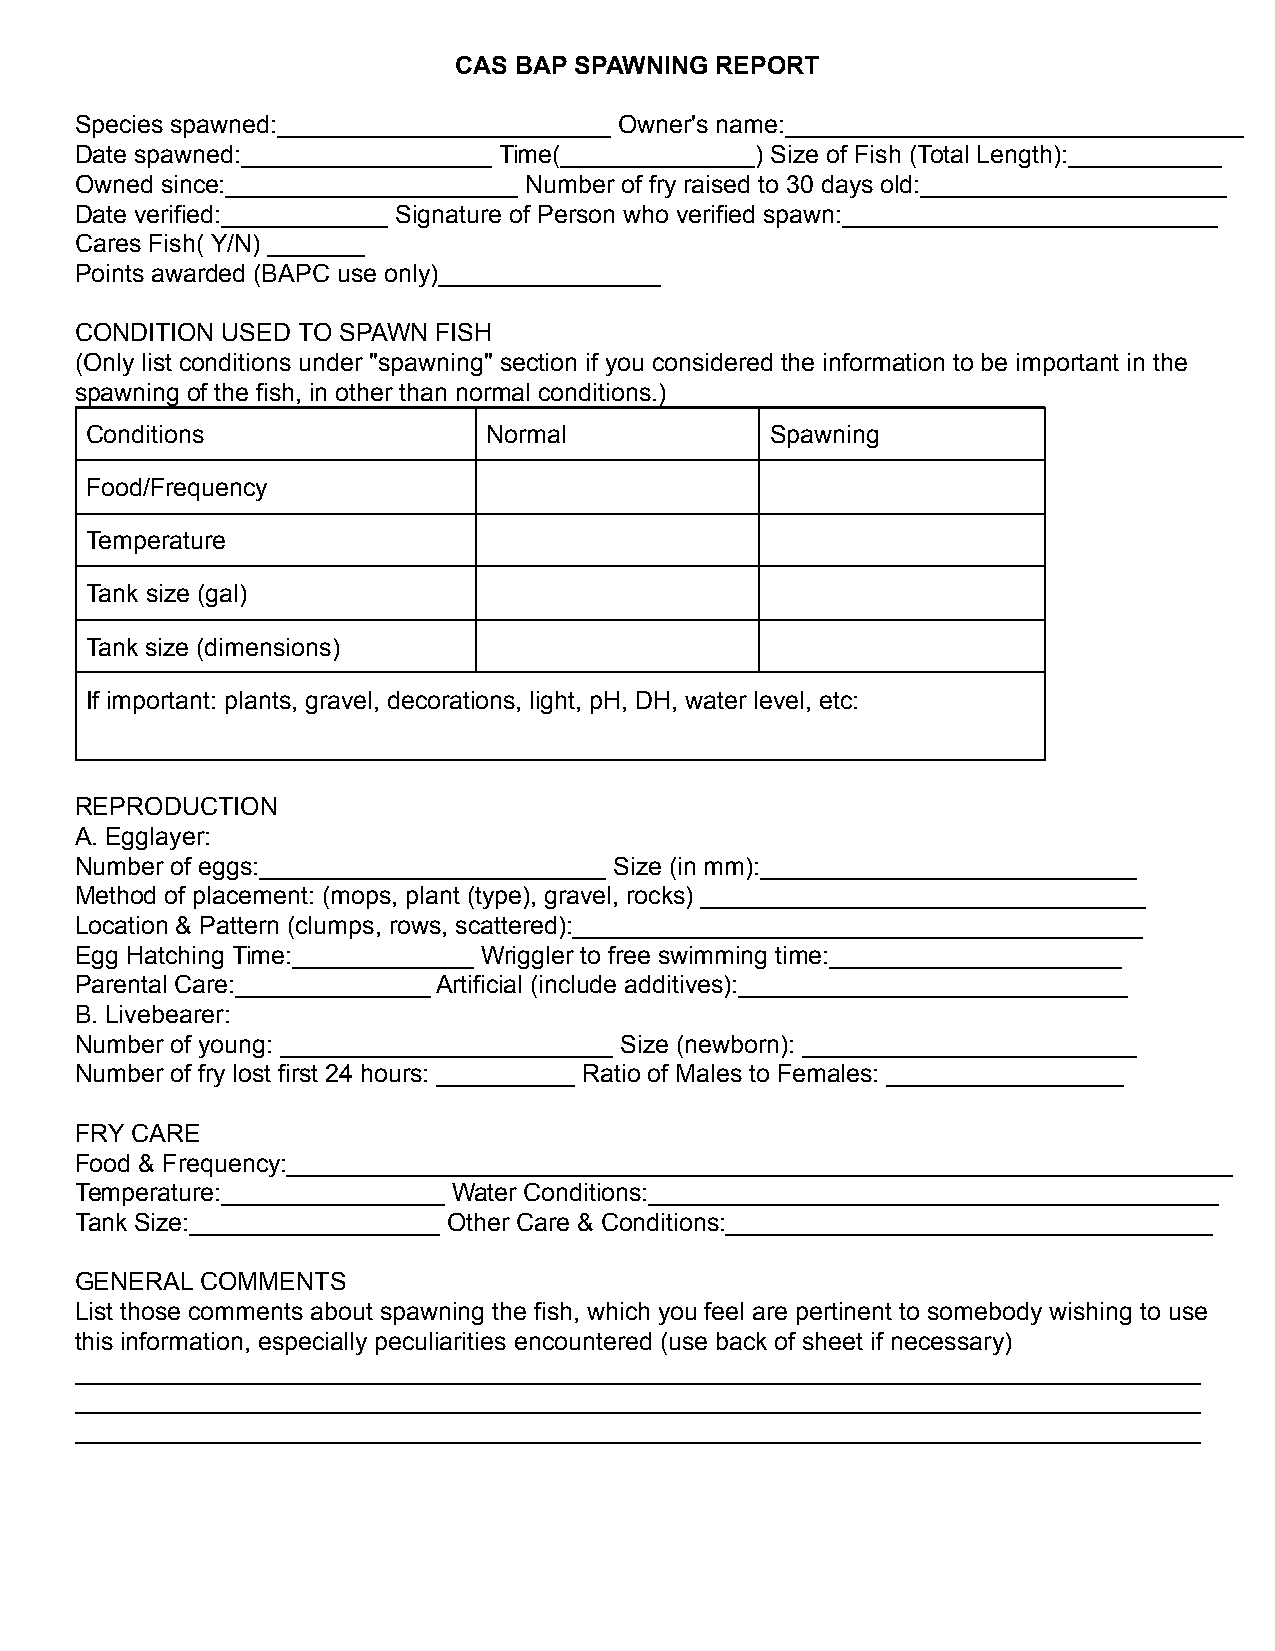
CAS BAP SPAWNING REPORT
 Species spawned:________________________ Owner's name:_________________________________
 Date spawned:__________________ Time(______________) Size of Fish (Total Length):___________
 Owned since:_____________________ Number of fry raised to 30 days old:______________________
 Date verified:____________ Signature of Person who verified spawn:___________________________
 Cares Fish( Y/N) _______
 Points awarded (BAPC use only)________________
 CONDITION USED TO SPAWN FISH
 (Only list conditions under "spawning" section if you considered the information to be important in the
 spawning of the fish, in other than normal conditions.)
 Conditions                Normal             Spawning
 Food/Frequency
 Temperature
 Tank size (gal)
 Tank size (dimensions)
 If important: plants, gravel, decorations, light, pH, DH, water level, etc:
 REPRODUCTION
 A. Egglayer:
 Number of eggs:_________________________ Size (in mm):___________________________
 Method of placement: (mops, plant (type), gravel, rocks) ________________________________
 Location & Pattern (clumps, rows, scattered):_________________________________________
 Egg Hatching Time:_____________ Wriggler to free swimming time:_____________________
 Parental Care:______________ Artificial (include additives):____________________________
 B. Livebearer:
 Number of young: ________________________ Size (newborn): ________________________
 Number of fry lost first 24 hours: __________ Ratio of Males to Females: _________________
 FRY CARE
 Food & Frequency:____________________________________________________________________
 Temperature:________________ Water Conditions:_________________________________________
 Tank Size:__________________ Other Care & Conditions:___________________________________
 GENERAL COMMENTS
 List those comments about spawning the fish, which you feel are pertinent to somebody wishing to use
 this information, especially peculiarities encountered (use back of sheet if necessary)
 _________________________________________________________________________________
 _________________________________________________________________________________
 _________________________________________________________________________________